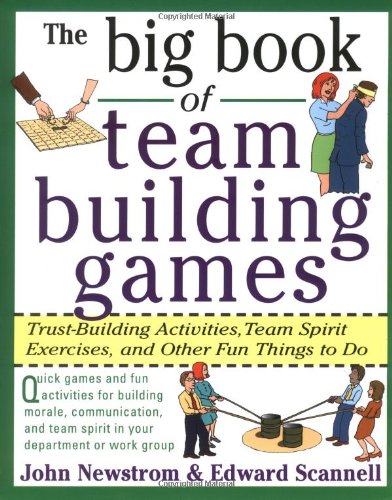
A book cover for The Big Book of Team Building Games: Trust-Building Activities, Team Spirit Exercises, and Other Fun Things to Do; John Newstrom; Business & Money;